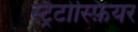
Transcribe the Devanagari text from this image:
स्ट्रैटोस्फ़ियर